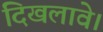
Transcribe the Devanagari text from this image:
दिखलावे।